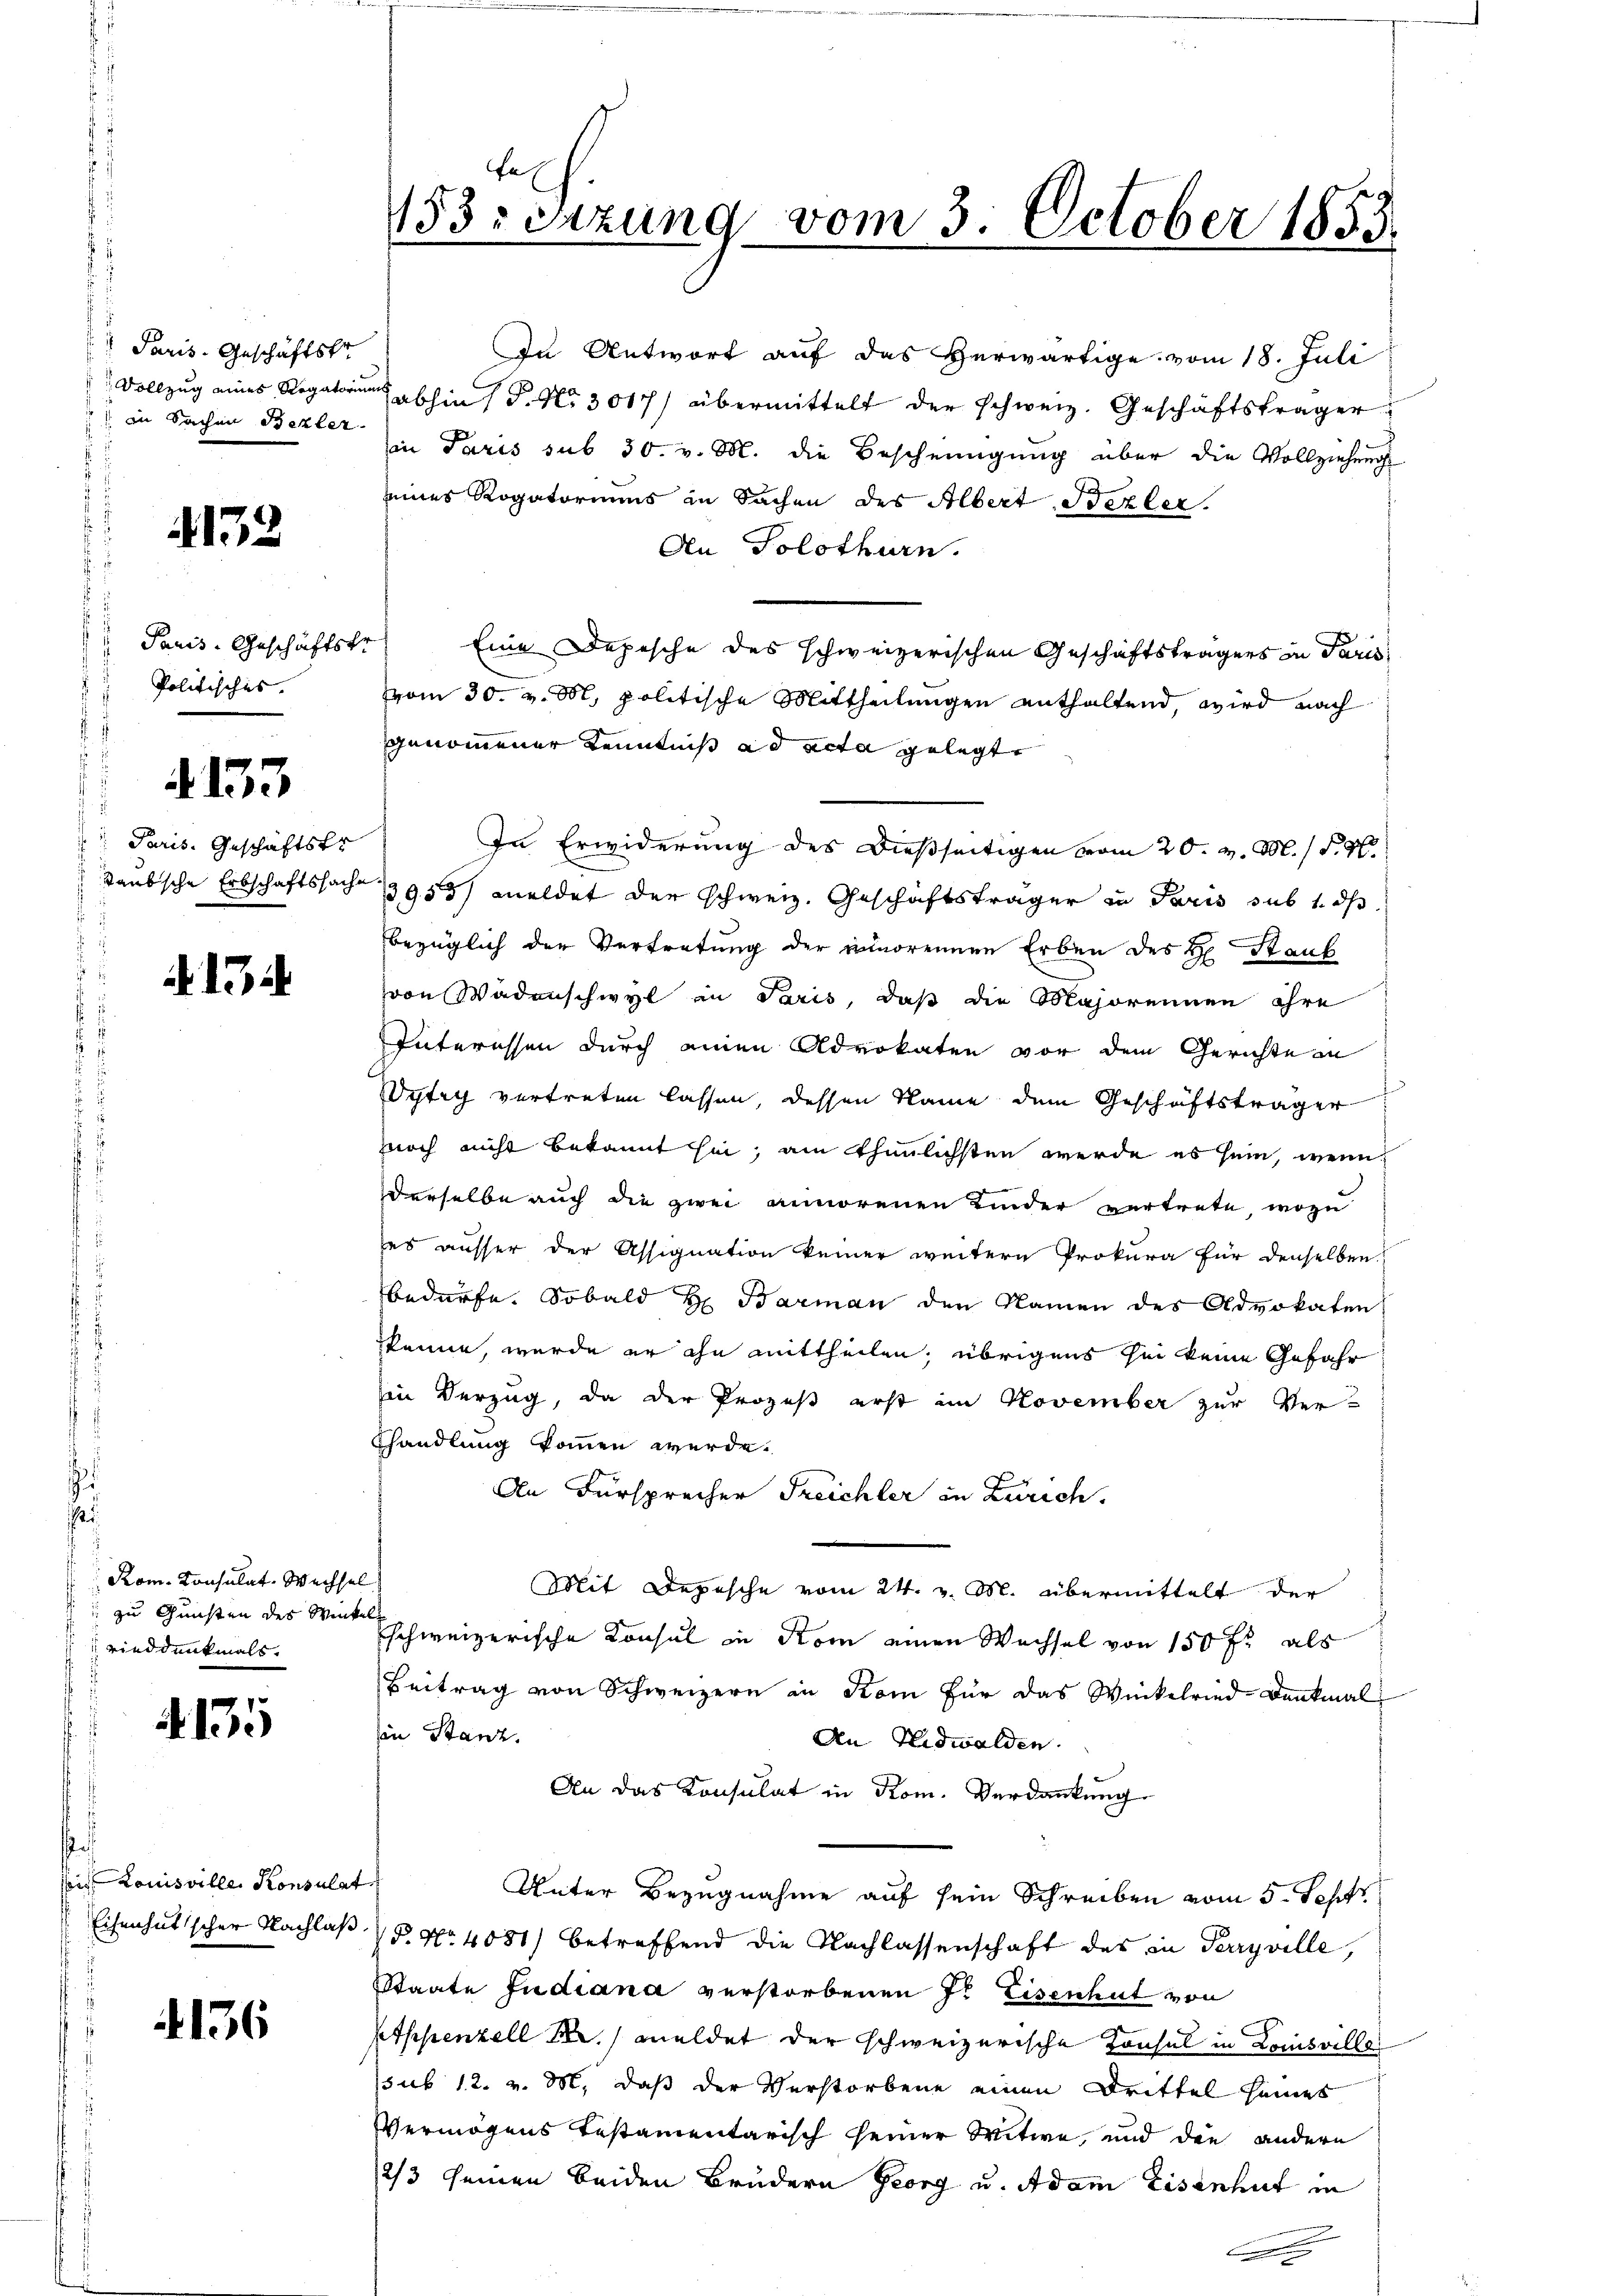
Paris. Geschäftskr
 in Sachen Bezler

152

Politisches.

4153

Paris. Geschäftsfr
J

13

Rom. Consulat-Wechsel
zu Gunsten des Winkel
ried denkmals

135

.
sis. Louisville Konsulat

4136

In Antwort auf das Herwärtige vom 18. Juli
 Vollzug eines Regatorium abhin 1 S. Nr. 3017/ übermittelt der schweiz. Geschäftsträger
in Paris sub 30. v. M. die Bescheinigung über die Vollziehung
eines Rogatoriums in Sachen des Albert Bezler.
An Solothurn.
" Paris. Geschäftstr. Eine Depesche des schweizerischen Geschäftsträgers in Paris
vom 30. v. M. politische Mittheilungen enthaltend, wird nach
genommener Kenntniß ad acta gelegt
In Erwiderung des dießseitigen vom 20. v. M. S. 9
Taubsche Erbschaftssache 13955/ meldet der schweiz. Geschäftsträger in Paris sub 1. ds
bezüglich der Vertretung der unmorennen Erben des H. Staub
von Wadenschwyl in Paris, daß die Majorennen ihre
Interessen durch einen Advokaten vor dem Gerichte in
Wytry vertreten lassen, dessen Name dem Geschäftsträger
nnoch nicht bekannt hin, am thunlichsten werde es sein, wenn
derselbe auch die zwei annorenen Kinder vertrete, wozu
es ausser der Assignation keiner weitern Prokura für denselben
bedürfe. Sobald H. Barman den Namen des Advokaten
kenne, werde er ihn mittheilen, übrigens sei keine Gefahr
in Verzug, da der Prozeß erst im November zur Ver¬
Bhandlung kommen werde.
An Fürsprecher Treichler in Zürich.
Mit Depesche vom 24. v. M. übermittelt der
schweizerische Konsul in Rom einen Wachsel von 150 fl als
Beitrag von Schweizern in Kom für das Winkelried-Denkmal
in Stanz.
An Nidwalden.
An das Konsulat in Kom. Verdankung
Unter Bezugnahme auf sein Schreiben vom 5. Septr
Eisenhatscher Nachlaß §. No 4081) betreffend die Nachlassenschaft des in Perryville,
Staate Judiana verstorbenen J. Eisenhut von
Pippenzell M. meldet der schweizerische Konsul in Comisvillesub 12. v. M. daß der Verstorbene einen Drittel seines
Vermögens Testamentarisch seiner Witwe, und die andern
2/3 seinen beiden Brudern Georg u. Adam Eisenhut in

43sizung vom 3. October 1853.